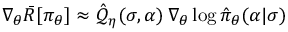
{ \nabla } _ { \boldsymbol { \theta } } \bar { R } [ \pi _ { \boldsymbol { \theta } } ] \approx \hat { \mathcal { Q } } _ { \boldsymbol { \eta } } ( \sigma , \alpha ) \, \nabla _ { \boldsymbol { \theta } } \log \hat { \pi } _ { \boldsymbol { \theta } } ( \alpha \vert \sigma )